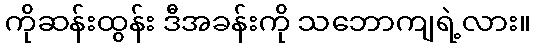
ကိုဆန်းထွန်း ဒီအခန်းကို သဘောကျရဲ့လား။